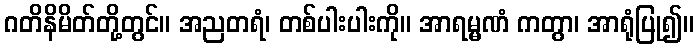
ဂတိနိမိတ်တို့တွင်။ အညတရံ၊ တစ်ပါးပါးကို။ အာရမ္မဏံ ကတွာ၊ အာရုံပြု၍။